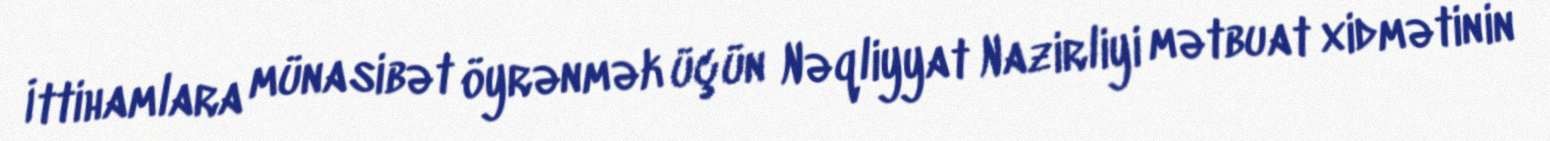
İttihamlara münasibət öyrənmək üçün Nəqliyyat Nazirliyi mətbuat xidmətinin